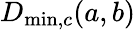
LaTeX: D_{\operatorname*{min},c}(a,b)